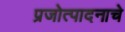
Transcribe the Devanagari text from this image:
प्रजोत्पादनाचे